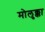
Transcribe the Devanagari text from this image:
मोलुक्का